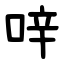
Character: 㖕